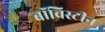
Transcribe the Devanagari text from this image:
बॉविस्टीन